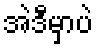
အဲဒီမှာပဲ